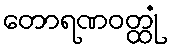
တောရဏဝတ္ထုံ